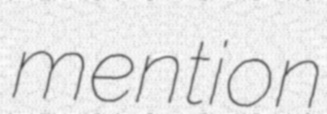
mention